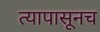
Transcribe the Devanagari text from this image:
त्यापासूनच